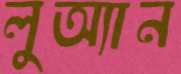
লুঅ্যান